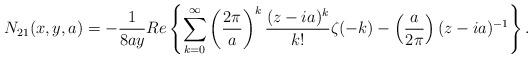
LaTeX: \begin{align*}N_{21}(x,y,a)=-\frac{1}{8ay}Re\left\{ \sum_{k=0}^{\infty }\left( \frac{2\pi }{a}\right) ^{k}\frac{(z-ia)^{k}}{k!}\zeta (-k)-\left( \frac{a}{2\pi }\right) (z-ia)^{-1}\right\}.\end{align*}